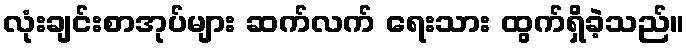
လုံးချင်းစာအုပ်များ ဆက်လက် ရေးသား ထွက်ရှိခဲ့သည်။